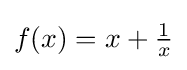
f(x)=x+{\tfrac {1}{x}}